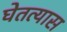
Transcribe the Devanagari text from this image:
घेतत्यास